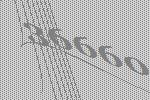
36660